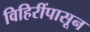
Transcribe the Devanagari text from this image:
विहिरींपासून